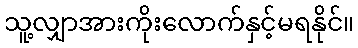
သူ့လျှာအားကိုးလောက်နှင့်မရနိုင်။